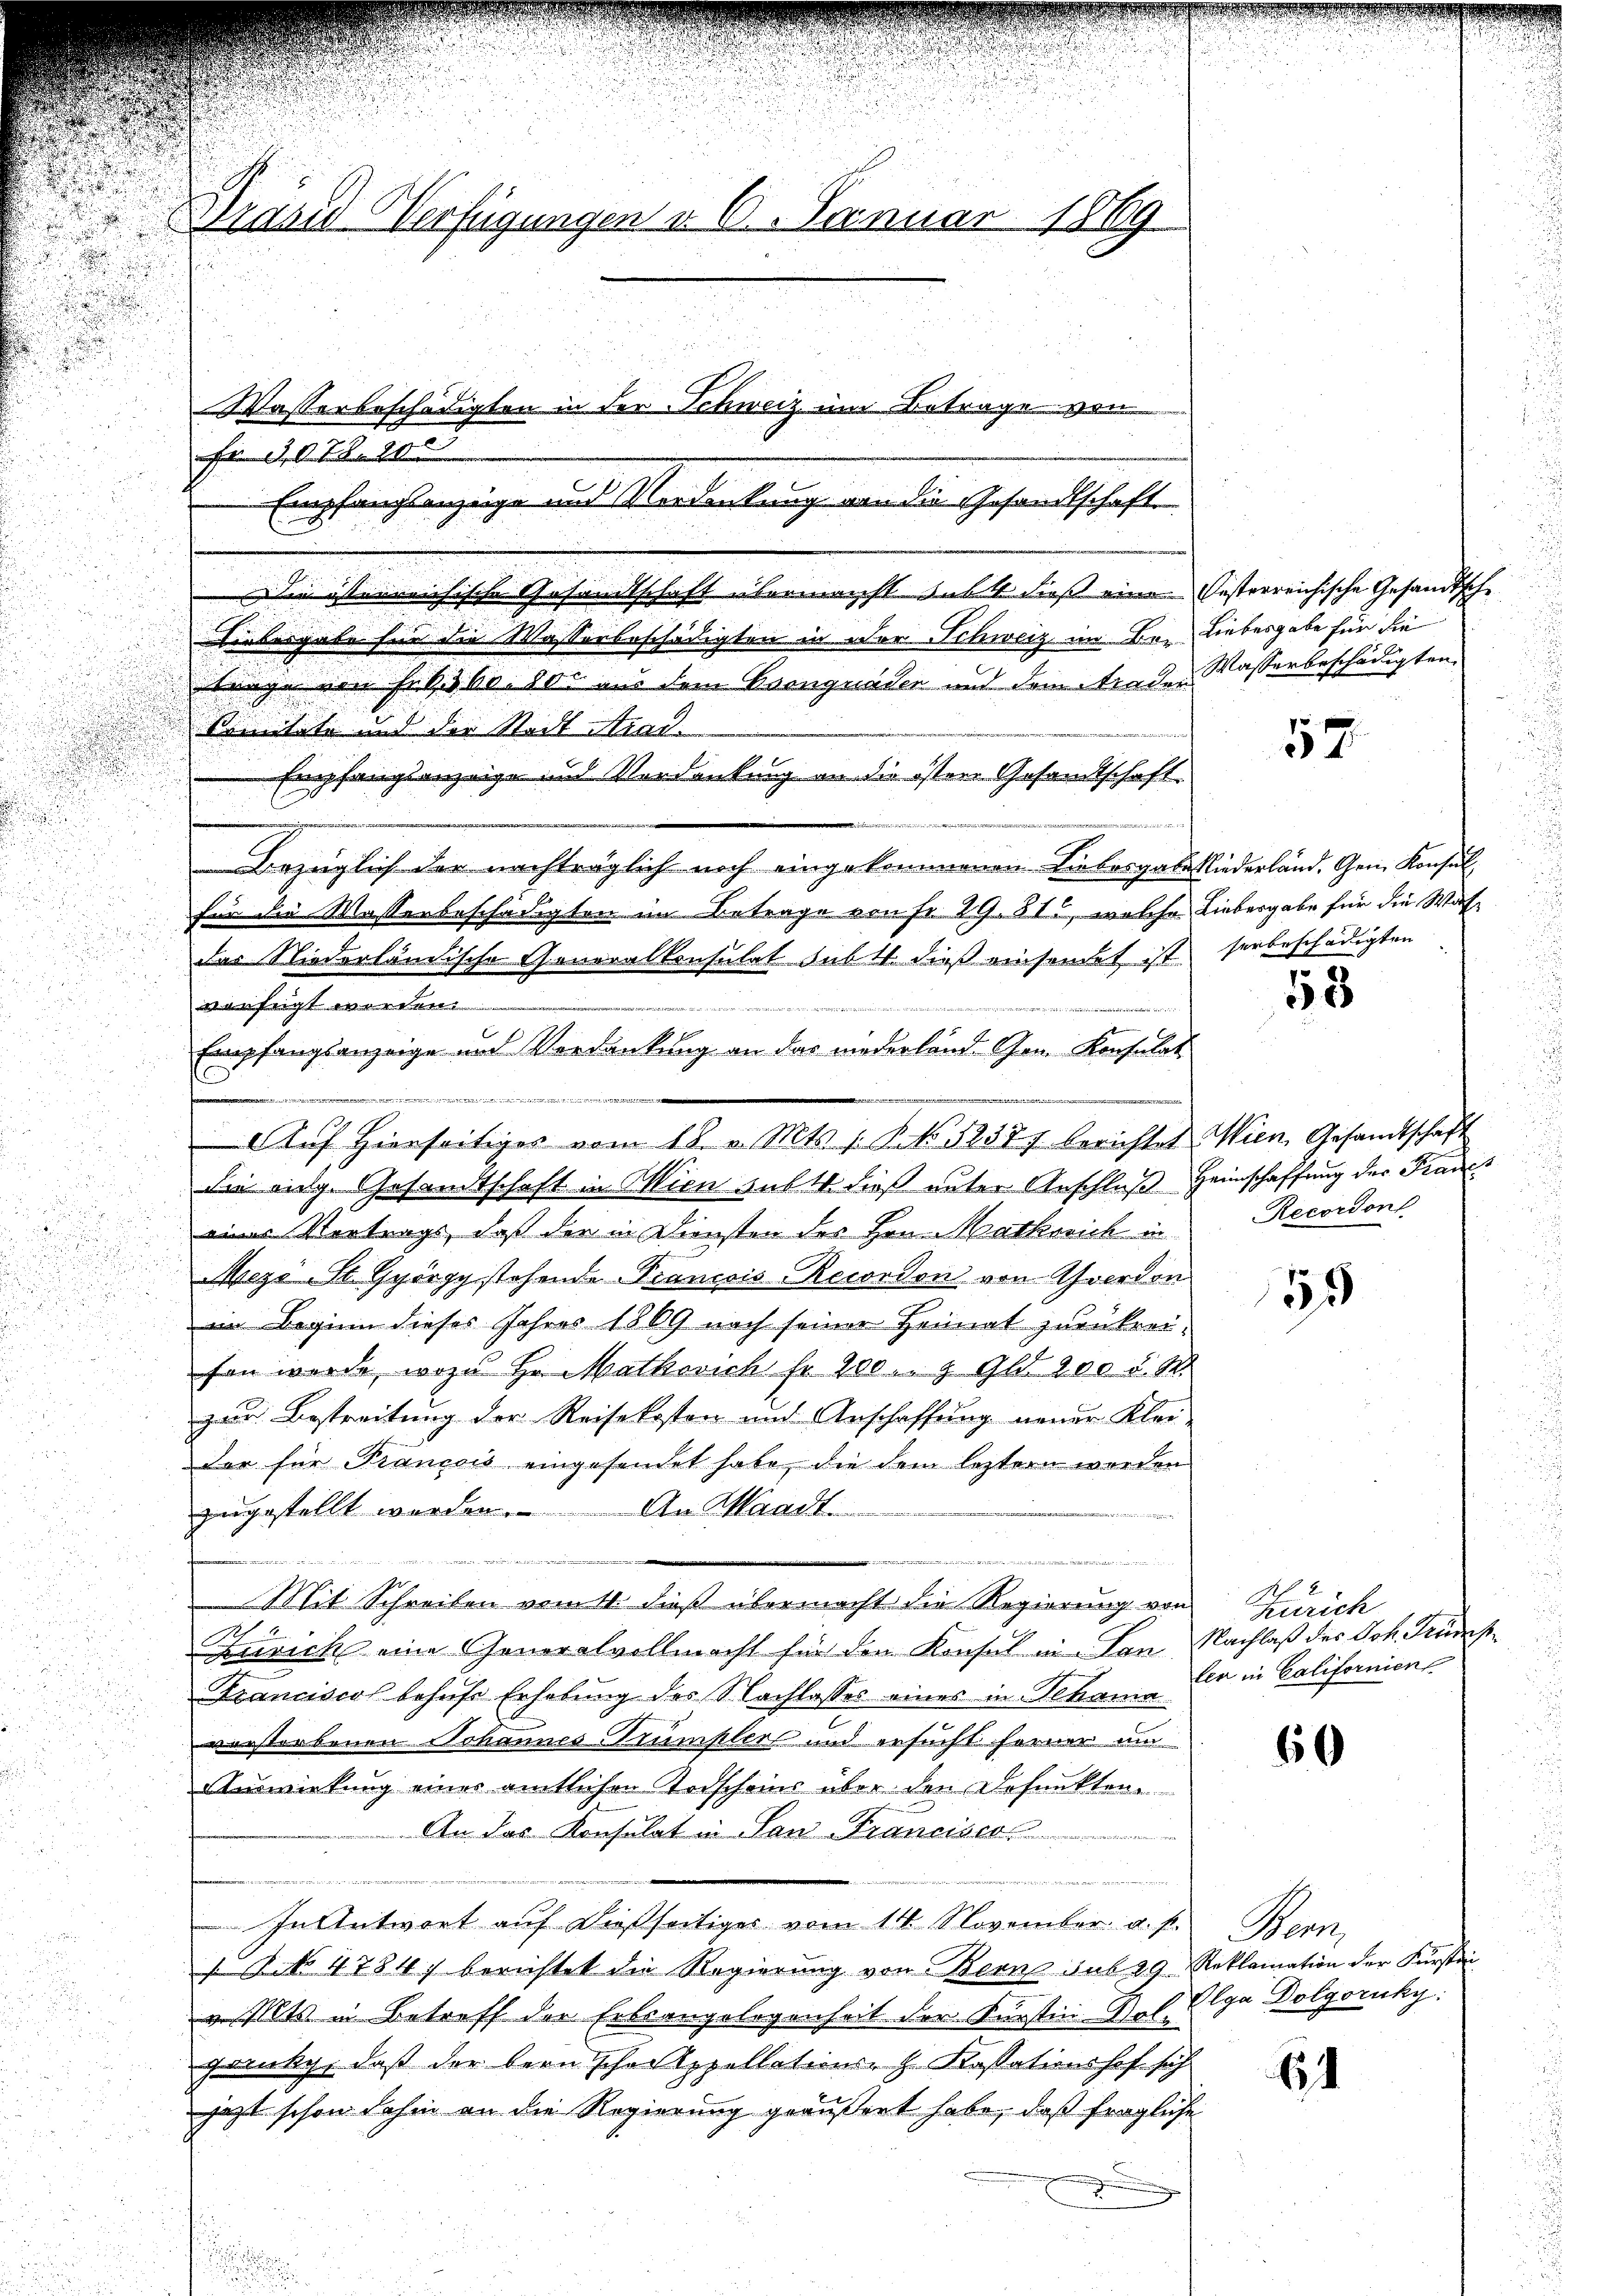
Die österreichische Gesandtschaft übermacht subst dieß eine besterreichische Gesandtsche
.
Liebesgabe sie die Wasserbeschädigten in der Schweiz im Be- Liebesgabe für die
trage von Fr. 6360. 800 aus dem Csongnader und dem Trader Wasserbeschädigten.
Mnitäte und der Stadt in
Empfangsanzeige und Verdankung an die öster Gesandtschaft
e
Bezüglich der nachträglich noch eingekommenen Liebesgabesliederland. Gem. Konsul

u

für die Massenbeschädigten im Betrage von Fr. 29. 81, welche Liebergabe für die Was¬

.
der Niederländische Goneralkonsulat subtt. dieß einsendet ist.
d
vanfügt worden.
iren
iinen Bei den wir werde
n
i
die eige Gesandtschaft in Wien subt dieß unter Anschluß Heimschaffung der Francs

eines Vertrags, daß der in Diensten des Hrn. Markreich in Recordon
.
n
n
Mezo St. György stehende Francois-Recordon von Averdon

im Beginn dieses Jahres 1869 nach seiner Heimat zurükrei¬
u
a
fen werde, wozu Hr. Matherich fr 200. 9 Gld. 200 d. M.
u
zum Bestreitung der Reisekosten und Anschaffung neuer Kleider für Francois eingesendet habe, die dem leztern worden
zugestellt werden. An Waadt
i
Mit Schreiben womit dieß übermacht die Regierung von Zürich
Zürich eine Generalvollmacht für den Konsul in Lan Nachlaß des Joh. Fürs
u
Kranciscos behufe Erhebung des Nachlasses eines in Schania
vorstorbenen Johannes Trümplers und ersucht ferner um
Auswirkung eines amtlichen Todscheins über den Defunkten
An das Konsulat in San Francier
In Antwort auf dießseitiges vom 14. November a. p. Bern,
1 Art. 47847 berichtet die Regierung von Bern sub 29 Reklamation der Fürsten
E
i
v. Mts. in Betreff der Erbsangelegenheit der Fürsten Galga Dolgoruky:
gakch, daß der Bern schoppellations- H. Cassationshof sich
jezt schon dahin an die Regierung geäußert habe, daß fragliche
u
e

.

Adlis Verfügungen v. 6. Januar 1889

Wasserbeschädigten in der Schweiz um Betrage von
F 0 Z. 1103
Empfangsanzeige und Verdankung von die Gesandtschaft

Empfangsanzeige und Verdankung an das niederland Gen. Konsulat

Auf hierseitiges vom 18. v. Mts. 1. NNo. 58377 berichtet Wien Gesandtschaft

557.

.
serbeschädigten
u

58

u

55

len in Californien

60

6